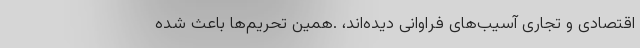
اقتصادی و تجاری آسیب‌های فراوانی دیده‌اند، .همین تحریم‌ها باعث شده